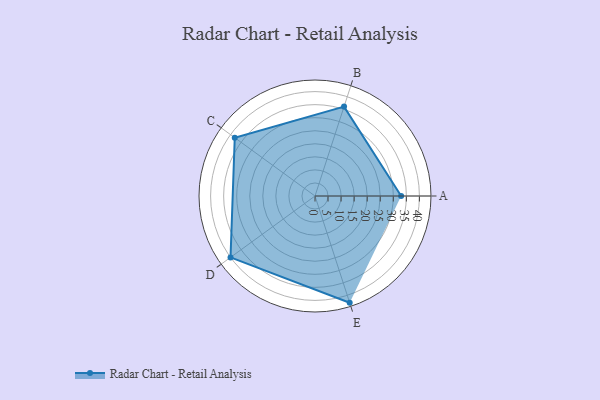
{"axis": {"x": "Skill", "y": "Score"}, "legend": ["Profile"], "data": [{"x": "A", "y": 33.0, "type": "Profile"}, {"x": "B", "y": 36.0, "type": "Profile"}, {"x": "C", "y": 38.0, "type": "Profile"}, {"x": "D", "y": 40.0, "type": "Profile"}, {"x": "E", "y": 43.0, "type": "Profile"}]}